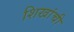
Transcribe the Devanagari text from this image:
शिखांची